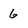
Character: 6